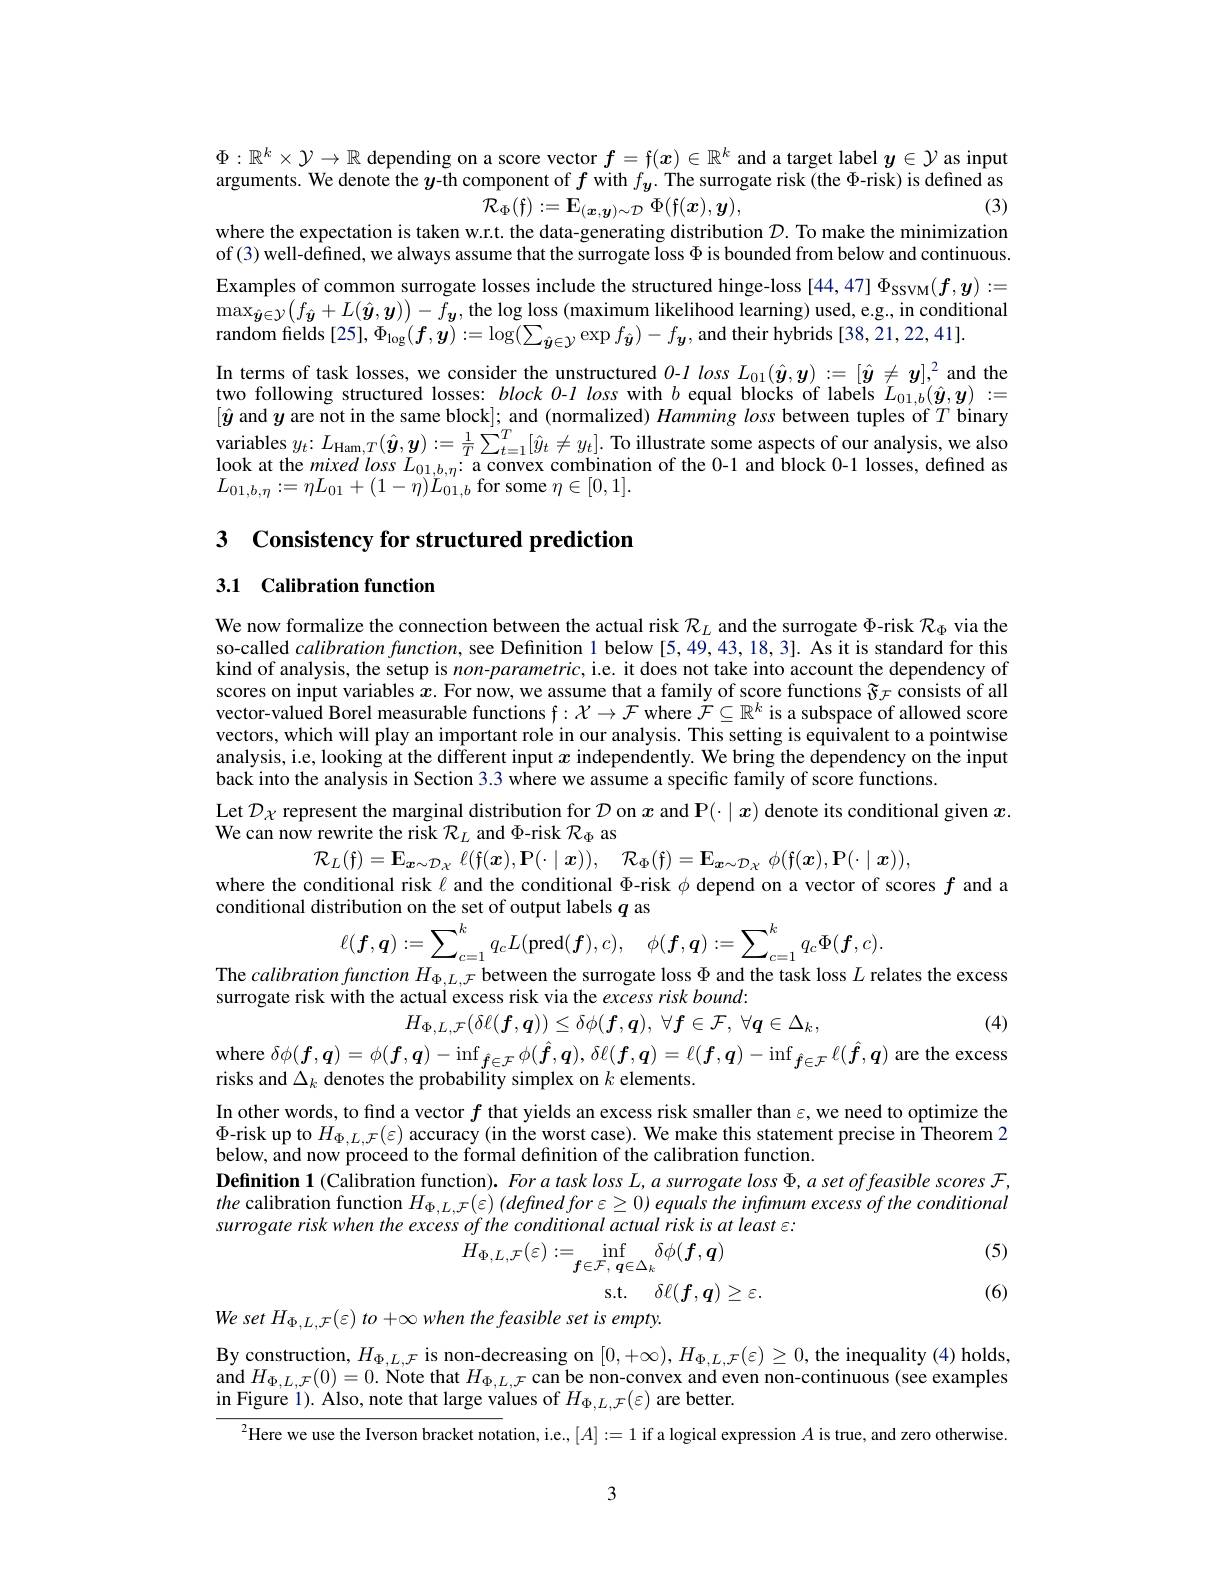
arguments. We denote the $y$-th component of $f$ with $f_{\boldsymbol{y}}.$ The surrogate risk (the $\Phi$-risk) is defined as
(3)

$\Phi:\mathbb{R}^k\times\mathcal{Y}\to\mathbb{R}$ depending on a score vector $f=\mathfrak{f}(x)\in\mathbb{R}^k$ and a target label $y\in\mathcal{Y}$ as input
$$\hat{\mathcal{R}_{\Phi}(\mathfrak{f})}:=\mathbf{E}_{(\boldsymbol{x},\boldsymbol{y})\sim\mathcal{D}}\Phi(\mathbf{f}(\boldsymbol{x}),\boldsymbol{y}),$$
where the expectation is taken w.r.t. the data-generating distribution $\mathcal{D}.$ To make the minimization of (3) well-defined, we always assume that the surrogate loss $\Phi$ is bounded from below and continuous Examples of common surrogate losses include the structured hinge-loss [44,47] $\Phi_{\mathrm{SSVM}}(\boldsymbol{f},\boldsymbol{y}):=$ $\max_{\hat{\boldsymbol{y}}\in\mathcal{Y}}(f_{\hat{\boldsymbol{y}}}+L(\hat{\boldsymbol{y}},\boldsymbol{y}))-\hat{f}_{\boldsymbol{y}}$, the log loss (maximum likelihood learning) used, e.g, in conditional random fields [25], $\Phi_\mathrm{log}(\boldsymbol{f},\boldsymbol{y}):=\log(\sum_{\hat{\boldsymbol{y}}\in\mathcal{Y}}\exp f_{\hat{\boldsymbol{y}}})-f_{\boldsymbol{y}}$, and their hybrids [38,21,22,41]. $\begin{array}{l}\mathrm{In~terms~of~task~losses,~we~consider~the~unstructured~0-1~loss~L_{01}(\hat{\boldsymbol{y}},\boldsymbol{y}):=[\hat{\boldsymbol{y}}\neq\boldsymbol{y}],^{2}~and~the}\\\mathrm{two~following~structured~losses:~block~0-l~loss~with~b~equal~blocks~of~labels~}L_{01,b}(\hat{\boldsymbol{y}},\boldsymbol{y})&:=\end{array}$ $[\hat{\boldsymbol{y}}$ and $\dot y$ are not in the same block]; and (normalized) Hamming loss between tuples of $T$ binary variables $y_t:L_{\mathrm{Ham},T}(\hat{\boldsymbol{y}},\boldsymbol{y}):=\frac1T\sum_{t=1}^T[\hat{y}_t\neq y_t].$ To illustrate some aspects of our analysis, we also look at the mixed $loss L_{01, b, \eta }:$a convex combination of the 0- 1 and block 0- 1 losses, defined as$L_{01, b, \eta }: = \eta L_{01}+ ( 1- \eta ) L_{0}$

3 Consistency for structured prediction

## 3.1 Calibration function

We now formalize the connection between the actual risk $\mathcal{R}_L$ and the surrogate $\Phi$-risk $\mathcal{R}_\Phi$ via the so-called calibration function, see Definition 1 below [5,49,43,18,3]. As it is standard for this kind of analysis, the setup is $non-parametric$, i.e. it does not take into account the dependency of scores on input variables $x$. For now, we assume that a family of score functions $\mathfrak{\tilde{\vartheta}}_{\mathcal{F}}$ consists of all vector-valued Borel measurable functions $\mathfrak{f}:\mathcal{X}\to\mathcal{F}$ where $\tilde{\mathcal{F}}\subseteq\mathbb{R}^k$ is a subspace of allowed score vectors, which will play an important role in our analysis. This setting is equivalent to a pointwise analysis, i.e, looking at the different input $x$ independently. We bring the dependency on the input back into the analysis in Section 3.3 where we assume a specific family of score functions.
Let $\mathcal{D}_{\chi}$ represent the marginal distribution for $\mathcal{D}$ on $x$ and P(·$\mid x)$ denote its conditional given $x.$
We can now rewrite the risk $\mathcal{R}_L$ and Φ-risk $\mathcal{R}_\Phi$ as
$\mathcal{R}_{L}($f$) = \mathbf{E} _{\boldsymbol{x}\sim \mathcal{D} _{\chi }}$ $\ell ($f$( \boldsymbol{x}) , \mathbf{P} ( \cdot \mid \boldsymbol{x}) ) $, $\mathcal{R} _{\Phi }($f$) = \mathbf{E} _{\boldsymbol{x}\sim \mathcal{D} _{\chi }}$ $\phi ($f$(\boldsymbol x)$,P$(\cdot\mid\boldsymbol x))$
where the conditional risk $\ell$ and the conditional $\Phi$-risk $\phi$ depend on a vector of scores $f$ and a
conditional distribution on the set of output labels $q$ as
$$\ell(\boldsymbol{f},\boldsymbol{q}):=\sum_{c=1}^{k}q_{c}L(\mathrm{pred}(\boldsymbol{f}),c),\quad\phi(\boldsymbol{f},\boldsymbol{q}):=\sum_{c=1}^{k}q_{c}\Phi(\boldsymbol{f},c).$$
The calibration function $H_{\Phi,L,\mathcal{F}}$ between the surrogate loss $\Phi$ and the task loss $L$ relates the excess
surrogate risk with the actual excess risk via the excess risk bound:
$H_{\Phi , L, \mathcal{F} }( \delta \ell ( \boldsymbol{f}, \boldsymbol{q}) ) \leq \delta \phi ( \boldsymbol{f}, \boldsymbol{q}) $, $\forall \boldsymbol{f}\in \mathcal{F} $, $\forall \boldsymbol{q}\in \Delta _{k}$,

(4)

where $\delta\phi(\boldsymbol{f},\boldsymbol{q})=\phi(\boldsymbol{f},\boldsymbol{q})-\inf_{\hat{\boldsymbol{f}}\in\mathcal{F}}\phi(\hat{\boldsymbol{f}},\boldsymbol{q}),\delta\ell(\boldsymbol{f},\boldsymbol{q})=\ell(\boldsymbol{f},\boldsymbol{q})-\inf_{\hat{\boldsymbol{f}}\in\mathcal{F}}\ell(\hat{\boldsymbol{f}},\boldsymbol{q})$ are the excess
risks and $\Delta_k$ denotes the probability simplex on $k$ elements
In other words, to find a vector $f$ that yields an excess risk smaller than $\varepsilon$,we need to optimize the $\Phi$-risk up to $H_{\Phi,L,\mathcal{F}}(\varepsilon)$ accuracy (in the worst case). We make this statement precise in Theorem 2 below, and now proceed to the formal definition of the calibration function.
Definition 1 (Calibration function). For a task loss $L,a$ surrogate loss $\Phi,a$ set offeasible scores $\mathcal{F}$, the calibration function $H_\Phi,L,\mathcal{F}(\varepsilon)\left(definedfor\varepsilon\geq0\right)equals$ the infimum excess of the conditional surrogate risk when the excess of the conditional actual risk is at least ε:
(5)
$$H_{\Phi,L,\mathcal{F}}(\varepsilon):=\operatorname*{inf}_{f\in\mathcal{F},\:\boldsymbol{q}\in\Delta_{k}}\delta\phi(\boldsymbol{f},\boldsymbol{q})\\\mathrm{s.t.}\quad\delta\ell(\boldsymbol{f},\boldsymbol{q})\geq\varepsilon.\\en\:the\:feasible\:set\:is\:empty.$$
(6)

$We$ set $H_{\Phi , L, \mathcal{F} }( \varepsilon )$ $to$ $+ \infty$ when

By construction, $H_\Phi,L,\mathcal{F}$ is non-decreasing on $[0,+\infty),H_\Phi,L,\mathcal{F}(\varepsilon)\geq0$, the inequality (4) holds, and $H_{\Phi , L, \mathcal{F} }( 0) = 0.$ Note that $H_\Phi,L,\mathcal{F}$ can be non-convex and even non-continuous (see examples in Figure 1). Also, note that large values of $H_{\Phi,L,\mathcal{F}}(\varepsilon)$ are better.

$^{2}$Here we use the Iverson bracket notation, i.e., $[A]:=1$ if a logical expression $A$ is true, and zero otherwise

3